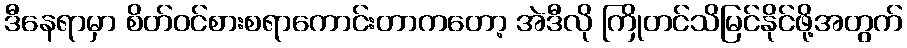
ဒီနေရာမှာ စိတ်ဝင်စားစရာကောင်းတာကတော့ အဲဒီလို ကြိုတင်သိမြင်နိုင်ဖို့အတွက်